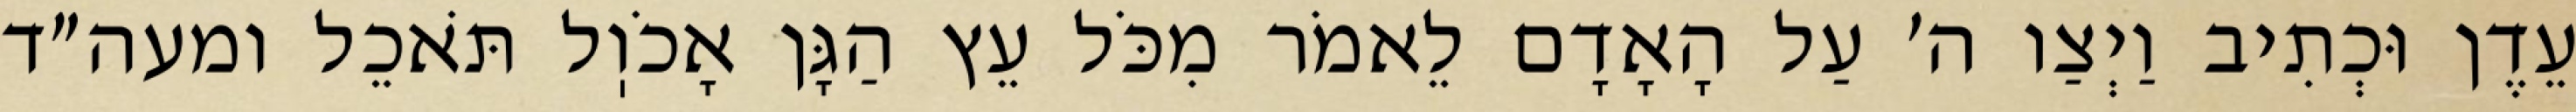
עֵדֶן וּכְתִיב וַיְצַו ה׳ עַל הָאָדָם לֵאמֹר מִכֹּל עֵץ הַגָּן אָכֹוֽל תֹּאכֵל ומעה״ד